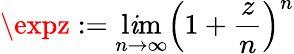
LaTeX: \expz:=\operatorname*{l\mathit{i}m}_{n\to\infty}\left(1+{\frac{{z}}{{n}}}\right)^{n}